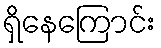
ရှိနေကြောင်း